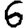
Digit: 6